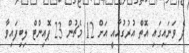
ދެ ވަނައިގައި އޮތް އުރުގުއާއީ އަށް 12 މެޗުން 23 ޕޮއިންޓް ލިބިފައިވާ